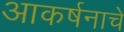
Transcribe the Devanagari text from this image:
आकर्षनाचे